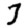
Digit: 3